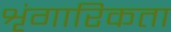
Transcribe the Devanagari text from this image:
शृंगारिकता